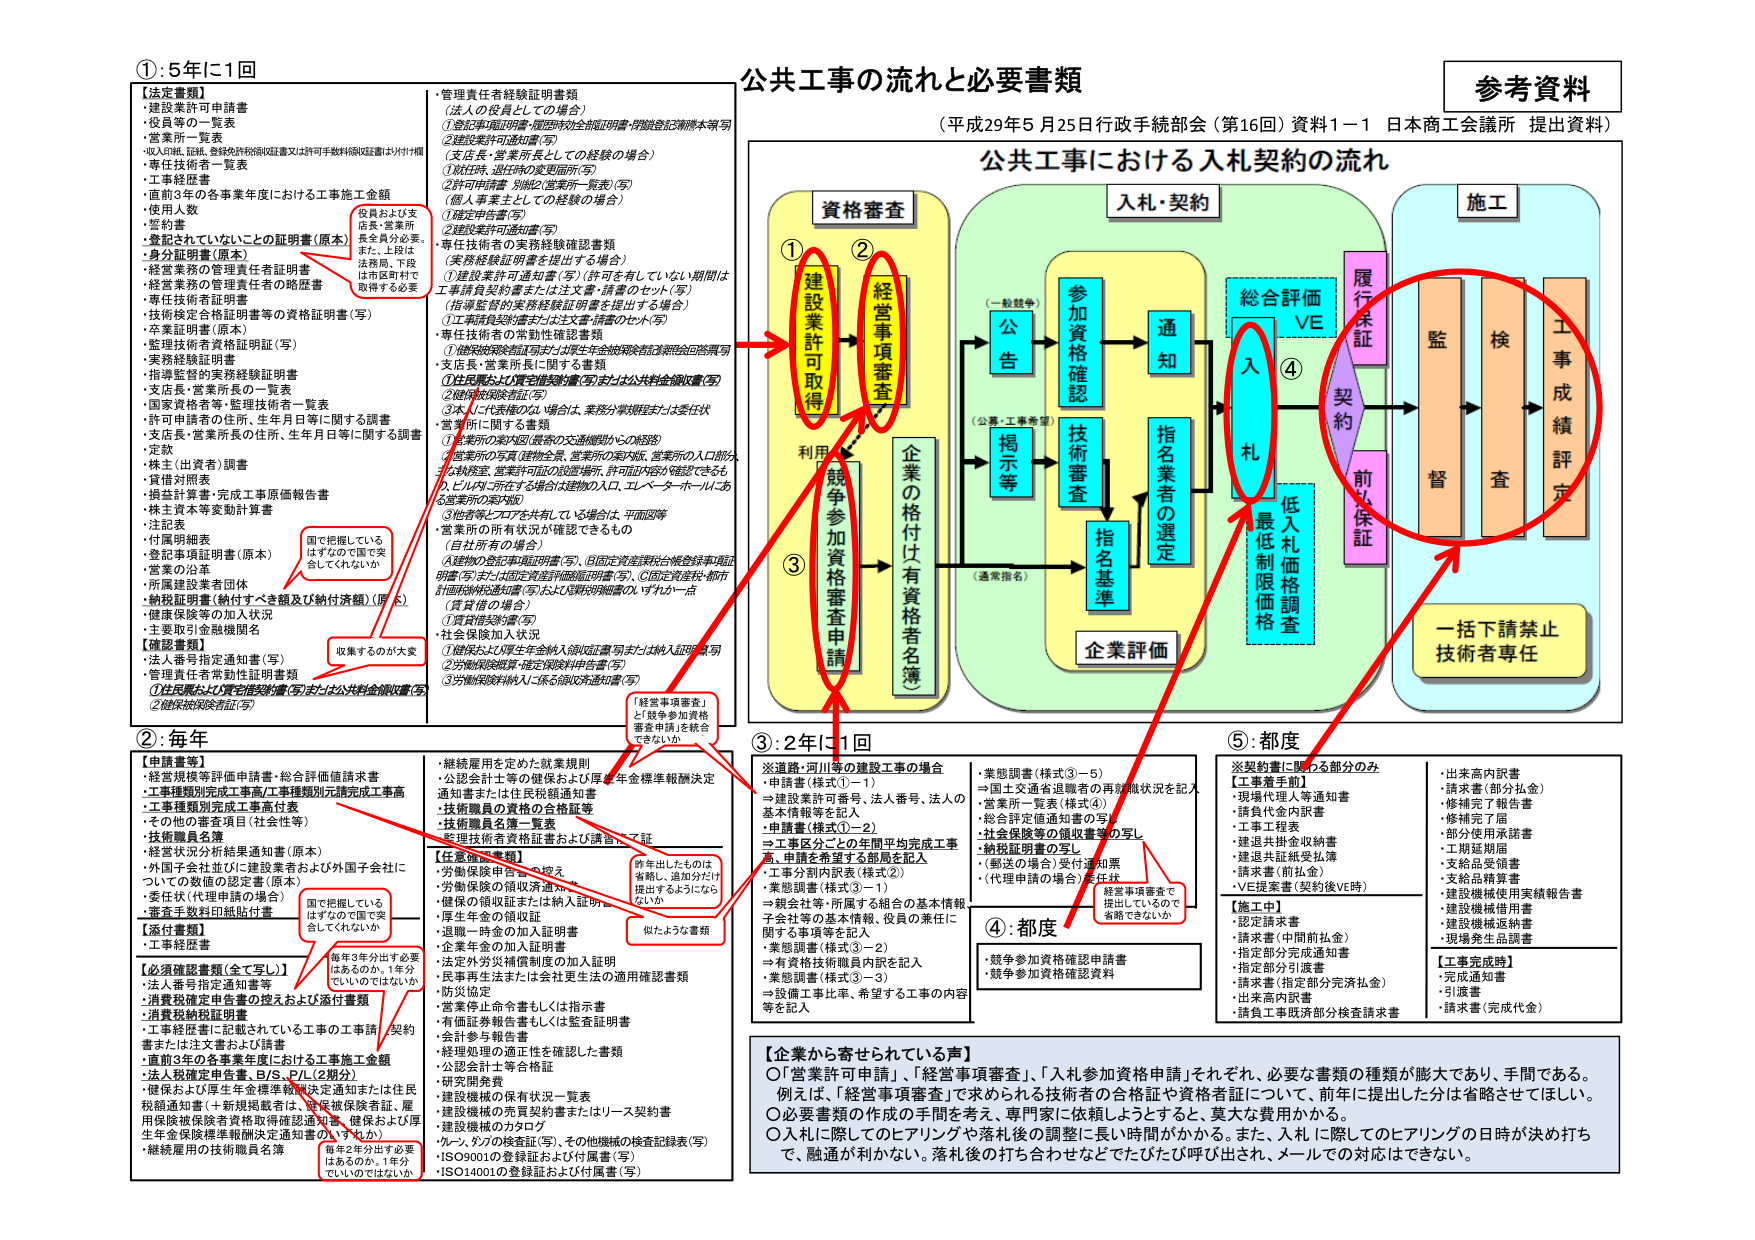
①:5年に1回
【法定書類】
・建設業許可申請書
・役員等の一覧表
・営業所一覧表
・収入印紙、証紙、登録免許税領収書又は許可手数料領収書(おおむね1枚)
・専任技術者一覧表
・工事経歴書
・直前3年の各事業年度における工事請負金額
・使用人数
・誓約書
・登記されていないことの証明書(原本)
・身分証明書(原本)
　→経営業務の管理責任者証明書
　→経営業務の管理責任者の略歴書
　→専任技術者証明書
　→技術検定合格証明書等の資格証明書(写)
　→卒業証明書(原本)
　→監理技術者資格証明書(写)
　→実務経験証明書
　→指導監督の実務経験証明書
　→支店長・営業所長の一覧表
　→国家資格者等・監理技術者一覧表
　→許可申請者の住所、生年月日等に関する調書
　→支店長・営業所長の住所、生年月日等に関する調書
　→定款
　→株主(出資者)調書
　→貸借対照表
　→損益計算書・完成工事原価報告書
　→株主資本等変動計算書
　→注記表
　→付属明細表
　→登記事項証明書(原本)
　→営業の証拠
　→所属建設業者団体
　→納税証明書(納付すべき額及び納付済額)(原本)
　→健康保険等の加入状況
　→主要取引金融機関名
【確認書類】
・法人番号指定通知書(写)
・管理責任者常勤性証明書類
　①住民票および資格確認書(写)または公共料金領収書(写)
　②健康保険被保険者証(写)

②:毎年
【申請書等】
・経営規模等評価申請書・総合評価値請求書
・工事種類別完成工事高/工事種類別元請完成工事高
・工事種類別完成工事高付表
・その他の審査項目(社会性等)
・技術職員名簿
・経営状況分析結果通知書(原本)
・外国子会社並びに建設業者および外国子会社についての数値の認定書(原本)
・委任状(代理申請の場合)
・審査手数料印紙貼付書
【添付書類】
・工事経歴書
【必須確認書類(全て写し)】
・法人番号指定通知書(写)
・消費税課税申告書の控えおよび添付書類
・消費税納税証明書
・工事経歴書に記載されている工事の工事請負契約書または注文書および証書
・直前3年の各事業年度における工事施工金額
・法人税確定申告書、B/S、P/L(2期分)
・健保および厚生年金標準報酬額決定通知または住民税調査通知書(＋新規開業者には、資格保険者証、雇用保険被保険者資格取得確認通知書、健保および厚生年金保険標準報酬決定通知書のいずれか)
・継続雇用の技術職員名簿

③:2年に1回
※道路・河川等の建設工事の場合
・申請書(様式①－1)
　→建設業許可番号、法人番号、法人の基本情報等を記入
・申請書(様式①－2)
　→工事区分ごとの年間平均完成工事高、申請を希望する部局を記入
・工事分割内訳表(様式②)
・業態調書(様式③－1)
　→親会社等・所属する組合の基本情報、子会社等の基本情報、役員の兼任に関する事項等を記入
・業態調書(様式③－2)
　→有資格技術職員内訳を記入
・業態調書(様式③－3)
　→設備工事比率、希望する工事の内容等を記入

④:都度
・競争参加資格確認申請書
・競争参加資格確認資料

⑤:都度
※契約書に関わる部分のみ
【工事着手前】
・現場代理人等通知書
・請負代金内訳書
・工事工程表
・建退共掛金収納書
・建退共証拠受払簿
・請求書(前払金)
・VE提案書(契約後VE時)
【施工中】
・認定請求書
・請求書(中間前払金)
・指定部分完成通知書
・指定部分引渡書
・請求書(指定部分完成払金)
・出栄高内訳書
・請負工事既済部分検査請求書
【工事完成時】
・完成通知書
・引渡書
・請求書(完成代金)

公共工事の流れと必要書類
(平成29年5月25日行政手続部会（第16回）資料1－1 日本商工会議所 提出資料)
公共工事における入札契約の流れ

資格審査
① 建設業許可取得
② 経営事項審査
③ 競争参加資格審査申請
企業の格付け(有資格者名簿)

入札・契約
(一般競争)
→ 公告
→ 参加資格確認
→ 通知
→ 技術審査
→ 指名業者の選定
→ 指名基準
→ 企業評価
(公募・工事希望)
→ 掲示等
(通常指名)

総合評価 VE
④ 入札
→ 低入札価格調査
→ 最低制限価格
→ 契約
→ 前払保証

施工
→ 履行保証
→ 監督
→ 検査
→ 工事成績評定
→ 一括下請禁止
→ 技術者専任

【企業から寄せられている声】
○「営業許可申請」、「経営事項審査」、「入札参加資格申請」それぞれ、必要な書類の種類が膨大であり、手間である。
　例えば、「経営事項審査」で求められる技術者の合格証や資格者証について、前年に提出した分は省略させてほしい。
○必要書類の作成の手間を考えて、専門家に依頼しようとするとき、莫大な費用かかる。
○入札に際してのヒアリングや落札後の調整に長い時間がかかる。また、入札に際してのヒアリングの日時が決め打ちで、融通が利かない。落札後の打ち合わせなどでびびび呼び出され、メールでの対応はできない。

参考資料

投資および支店長・営業所長全員分必要。
また、上段は法務局、下段は市区町村で取得する必要

国で把握しているはずなのでで突合してほしいか

収集するのが大変

「経営事項審査」と「競争参加資格審査申請」を統合できないか

毎年3年分は必要はあるのか、1年分でいいのではないか

似たような書類

前年出したものは省略し、追加分だけ提出するようにならないか

経営事項審査で提出しているので省略できないか

管理責任者経験証明書類
(法人の役員としての場合)
①登記事項証明書・履歴年表(社会証明書・併設登記簿謄本等)写
②建設業許可通知書(写)
(支店長・営業所長としての経験の場合)
①就任時、退任時の変更届所(写)
②許可申請書 別紙2(営業所一覧表)(写)
(個人事業主としての経験の場合)
①確定申告書(写)
②建設業許可通知書(写)
専任技術者の実務経験確認書類
(実務経験証明書を提出する場合)
①建設業許可通知書(写) (許可を有していない期間は工事請負契約書または注文書・請書のセット(写)
(指導監督の実務経験証明書を提出する場合)
①工事請負契約書または注文書・請書のセット(写)
専任技術者の常勤性確認書類
①健康保険被保険者証または厚生年金被保険者証(証明書)
②住民票および資格確認書(写)または公共料金領収書(写)
③健康保険被保険者証(写)
④本人が代表者の場合、実務分掌規程または委任状
営業所に関する書類
①営業所の案内図(屋外の交通機関からの経路)
②営業所の写真(建物全景、営業所の案内板、営業所の入口部分)
③執務室、営業許可証の設置場所、許可証内容が確認できるもの
④ビル内・所在する場合は建物の入口、エレベーターホールにある営業所の案内板
⑤他者等とコアを共有している場合は、平面図等
営業所の所有状況が確認できるもの
(自社所有の場合)
①建物の登記事項証明書(写)、②固定資産課税台帳登録事項証明書(写)または固定資産評価証明書(写)、③固定資産税・都市計画税納税通知書(写)および納税明細書OLすりか一点
(賃貸借の場合)
①賃貸借契約書(写)
②社会保険加入状況
①健保および厚生年金納入領収証書(写)または納入証明書(写)
②労働保険被保険者証(保険証明書)(写)
③労働保険料納入に係る領収済通知書(写)

継続雇用を定めた就業規則
・入社会社等の住居および厚生年金標準報酬決定通知書または住民税調査通知書
・技術職員の資格証等
・技術職員名簿一覧表
・管理技術者資格証書および講習修了証

【各種確認書類】
・労働保険申請の控え
・労働保険の領収書
・健保の領収証または納入証明書
・厚生年金の領収証
・退職一時金の加入証明書
・企業年金の加入証明書
・法定外労災補償制度の加入証明
・民事業再生法または会社更生法の適用確認書類
・防災協定
・営業停止命令書もしくは指示書
・有価証券報告書もしくは監査証明書
・会計参与報告書
・経理処理の適正性を確認した書類
・公認会計士等合格証
・研究開発費
・建設機械の保有状況一覧表
・建設機械の免責契約書またはリース契約書
・建設機械のカタログ
・クレーン、クレーンの検査証(写)、その他機械の検査記録表(写)
・ISO9001の登録証および付属書(写)
・ISO14001の登録証および付属書(写)

・実態調書(様式③－5)
　→国土交通省退職者の再就職状況を記入
・営業所一覧表(様式④)
・総合評定価通知書の写し
・社会保険等の領収書等の写し
・納税証明書の写し
　(郵送の場合)受付通知票
　(代理申請の場合)委任状

・出来高内訳書
・請求書(部分払金)
・修補完了報告書
・修補完了届
・部分使用承諾書
・工期延期届
・支給品受領書
・支給品精算書
・建設機械使用実績報告書
・建設機械返納書
・現場発生品調書